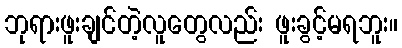
ဘုရားဖူးချင်တဲ့လူတွေလည်း ဖူးခွင့်မရဘူး။